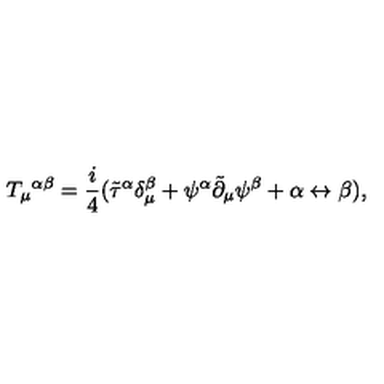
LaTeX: T _ { \mu } { } ^ { \alpha \beta } = \frac { i } { 4 } ( { { \tilde { \tau } } ^ { \alpha } } \delta _ { \mu } ^ { \beta } + \psi ^ { \alpha } { \tilde { \partial } } _ { \mu } \psi ^ { \beta } + \alpha \leftrightarrow \beta ) ,